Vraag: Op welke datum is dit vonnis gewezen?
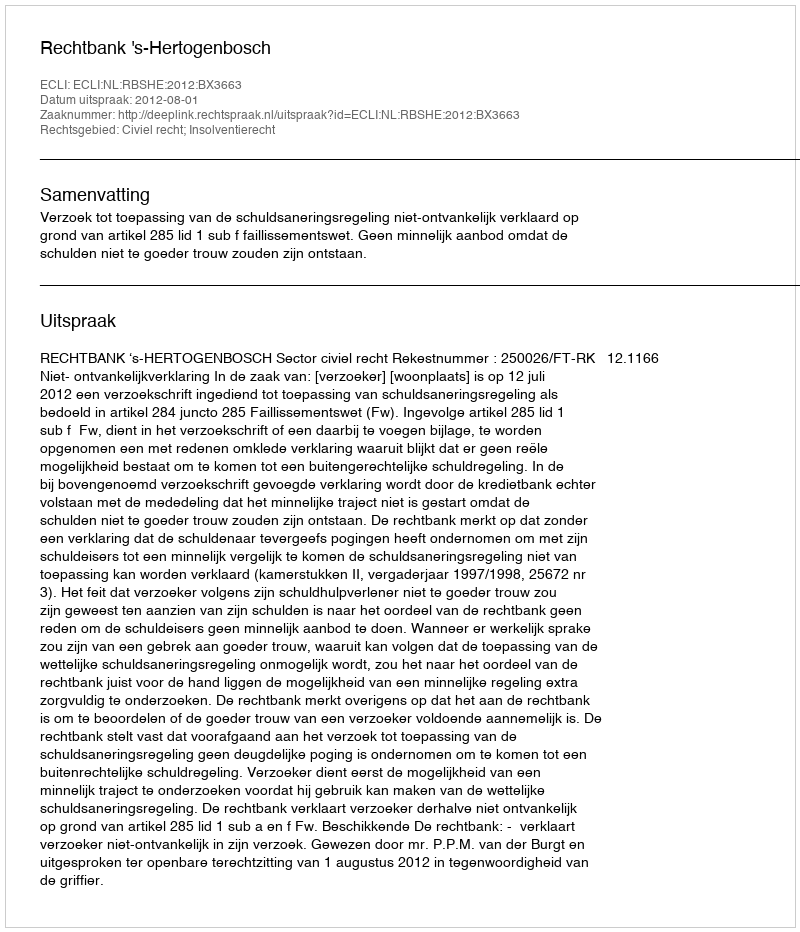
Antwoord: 2012-08-01